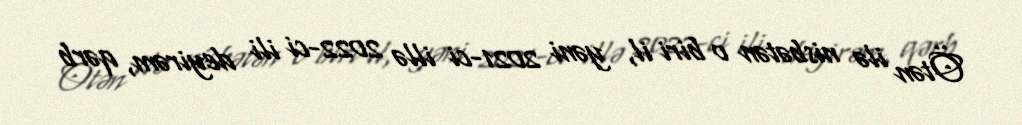
Ötən ilə nisbətən o biri il, yəni 2021-ci illə 2022-ci ili deyirəm, qərb